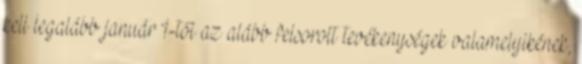
kell legalább január 1-től az alább felsorolt tevékenységek valamelyikének,